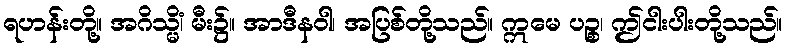
ရဟန်းတို့။ အဂိသ္မိံ၊ မီး၌။ အာဒီနဝါ၊ အပြစ်တို့သည်။ ဣမေ ပဉ္စ၊ ဤငါးပါးတို့သည်။